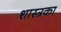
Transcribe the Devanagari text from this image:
शास्त्रका